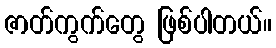
ဇာတ်ကွက်တွေ ဖြစ်ပါတယ်။